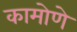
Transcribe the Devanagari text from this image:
कामोणे